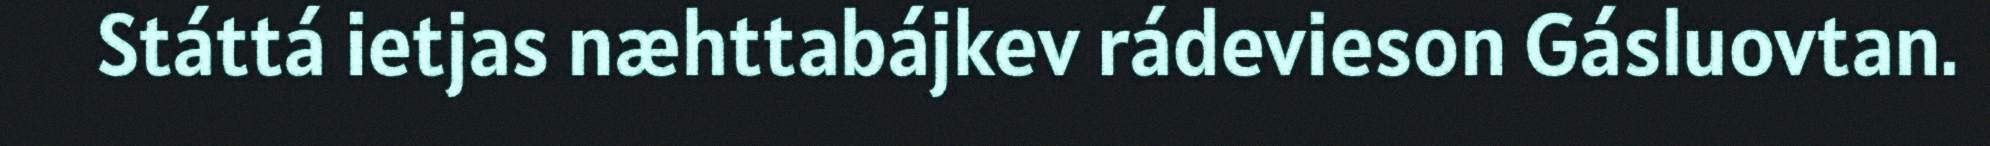
Státtá ietjas næhttabájkev rádevieson Gásluovtan.